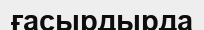
ғасырдырда